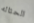
الحثاله